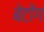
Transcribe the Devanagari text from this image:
बेटोंग